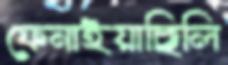
ফেনাইয়াছিলি